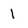
Character: 1